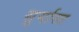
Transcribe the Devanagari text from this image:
सुर्यास्‍त